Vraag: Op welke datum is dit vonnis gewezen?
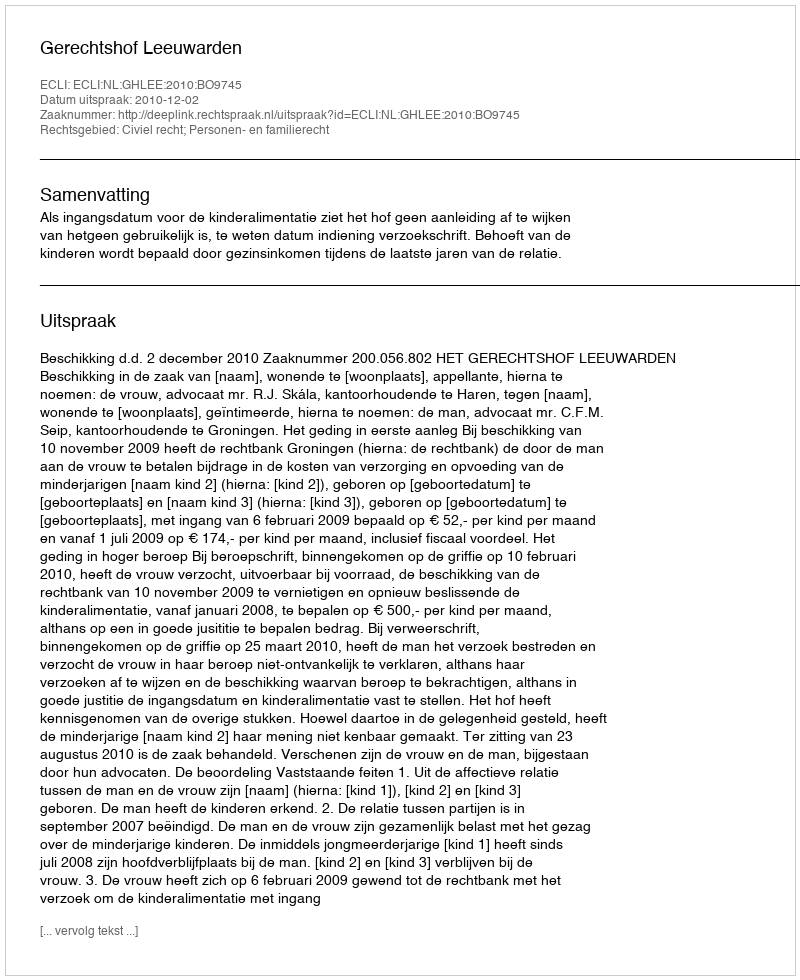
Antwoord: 2010-12-02